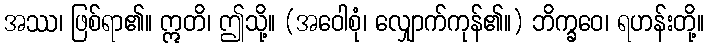
အဿ၊ ဖြစ်ရာ၏။ ဣတိ၊ ဤသို့။ (အဝေါစုံ၊ လျှောက်ကုန်၏။) ဘိက္ခဝေ၊ ရဟန်းတို့။